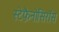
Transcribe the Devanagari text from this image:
स्टेफ़ैनोसिरॉस